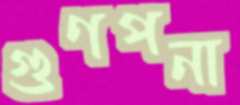
গুণপনা